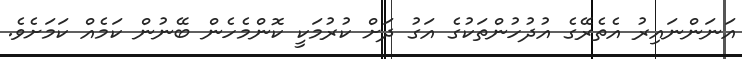
އަނަންނައިރު އެތެރޭގެ އުދުހުންތަކުގެ އަގު ދަށް ކުރުމަކީ ކޮންމެހެން ބޭނުން ކަމެއް ކަމަށެވެ.